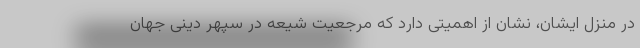
در منزل ایشان، نشان از اهمیتی دارد که مرجعیت شیعه در سپهر دینی جهان